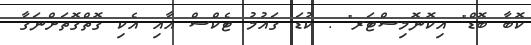
ކޮބާ ބޮޑް" އިކޮނޮމިސްޓަރ" . ކުޑަ ގައުމު ޓެކްސް އާއި އެކި ގޮތްގޮތަށްނަގާ